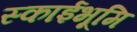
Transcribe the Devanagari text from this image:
स्काईभूमि